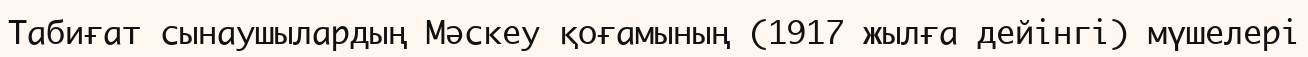
Табиғат сынаушылардың Мәскеу қоғамының (1917 жылға дейінгі) мүшелері